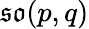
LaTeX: {\mathfrak{so}}(p,q)